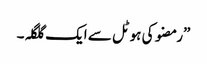
”رمضو کی ہوٹل سے ایک گلگلہ۔